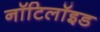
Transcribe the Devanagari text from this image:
नॉटिलॉइड